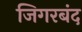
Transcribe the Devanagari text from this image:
जिगरबंद